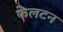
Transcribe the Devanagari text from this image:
फेलटन